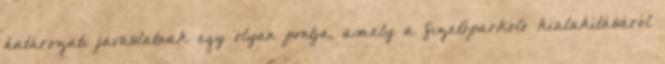
határozati javaslatnak egy olyan pontja, amely a fizetőparkoló kialakításáról